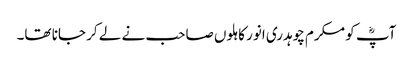
آپؓ کو مکرم چوہدری انور کاہلوں صاحب نے لے کر جانا تھا۔